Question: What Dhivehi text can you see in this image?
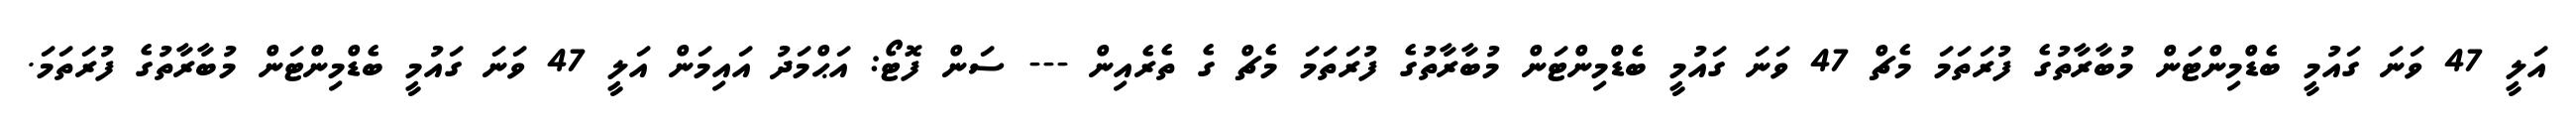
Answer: އަލީ 47 ވަނަ ގައުމީ ބެޑްމިންޓަން މުބާރާތުގެ ފުރަތަމަ މެޗް 47 ވަނަ ގައުމީ ބެޑްމިންޓަން މުބާރާތުގެ ފުރަތަމަ މެޗް ގެ ތެރެއިން --- ސަން ފޮޓޯ: އަޙްމަދު އައިމަން އަލީ 47 ވަނަ ގައުމީ ބެޑްމިންޓަން މުބާރާތުގެ ފުރަތަމަ.